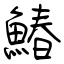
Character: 鰆